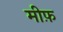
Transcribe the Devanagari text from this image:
मीफ़